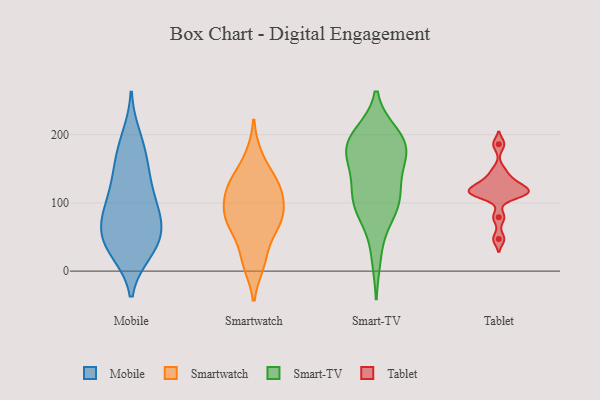
{"axis": {"x": "Humidity (%)", "y": "Value"}, "legend": ["Mobile", "Smart-TV", "Smartwatch", "Tablet"], "data": [{"x": "", "y": 136, "type": "Mobile"}, {"x": "", "y": 54, "type": "Mobile"}, {"x": "", "y": 77, "type": "Mobile"}, {"x": "", "y": 32, "type": "Mobile"}, {"x": "", "y": 88, "type": "Mobile"}, {"x": "", "y": 36, "type": "Mobile"}, {"x": "", "y": 39, "type": "Mobile"}, {"x": "", "y": 180, "type": "Mobile"}, {"x": "", "y": 161, "type": "Mobile"}, {"x": "", "y": 197, "type": "Mobile"}, {"x": "", "y": 105, "type": "Mobile"}, {"x": "", "y": 102, "type": "Mobile"}, {"x": "", "y": 68, "type": "Mobile"}, {"x": "", "y": 67, "type": "Mobile"}, {"x": "", "y": 139, "type": "Mobile"}, {"x": "", "y": 29, "type": "Mobile"}, {"x": "", "y": 117, "type": "Smartwatch"}, {"x": "", "y": 88, "type": "Smartwatch"}, {"x": "", "y": 167, "type": "Smartwatch"}, {"x": "", "y": 68, "type": "Smartwatch"}, {"x": "", "y": 85, "type": "Smartwatch"}, {"x": "", "y": 18, "type": "Smartwatch"}, {"x": "", "y": 123, "type": "Smartwatch"}, {"x": "", "y": 74, "type": "Smartwatch"}, {"x": "", "y": 12, "type": "Smartwatch"}, {"x": "", "y": 127, "type": "Smartwatch"}, {"x": "", "y": 127, "type": "Smartwatch"}, {"x": "", "y": 67, "type": "Smartwatch"}, {"x": "", "y": 121, "type": "Smart-TV"}, {"x": "", "y": 171, "type": "Smart-TV"}, {"x": "", "y": 22, "type": "Smart-TV"}, {"x": "", "y": 193, "type": "Smart-TV"}, {"x": "", "y": 135, "type": "Smart-TV"}, {"x": "", "y": 199, "type": "Smart-TV"}, {"x": "", "y": 179, "type": "Smart-TV"}, {"x": "", "y": 95, "type": "Smart-TV"}, {"x": "", "y": 96, "type": "Smart-TV"}, {"x": "", "y": 200, "type": "Smart-TV"}, {"x": "", "y": 181, "type": "Smart-TV"}, {"x": "", "y": 82, "type": "Smart-TV"}, {"x": "", "y": 93, "type": "Smart-TV"}, {"x": "", "y": 174, "type": "Smart-TV"}, {"x": "", "y": 121, "type": "Smart-TV"}, {"x": "", "y": 173, "type": "Smart-TV"}, {"x": "", "y": 47, "type": "Tablet"}, {"x": "", "y": 186, "type": "Tablet"}, {"x": "", "y": 147, "type": "Tablet"}, {"x": "", "y": 119, "type": "Tablet"}, {"x": "", "y": 111, "type": "Tablet"}, {"x": "", "y": 79, "type": "Tablet"}, {"x": "", "y": 114, "type": "Tablet"}, {"x": "", "y": 116, "type": "Tablet"}, {"x": "", "y": 130, "type": "Tablet"}, {"x": "", "y": 116, "type": "Tablet"}, {"x": "", "y": 131, "type": "Tablet"}]}